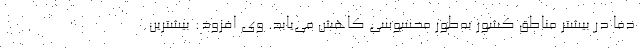
دما در بیشتر مناطق کشور به‌طور محسوسی کاهش می‌یابد. وی افزود: بیشترین